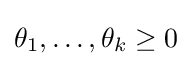
\theta _{1},\ldots ,\theta _{k}\geq 0